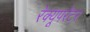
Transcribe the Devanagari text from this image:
रेक्यूपरेटर